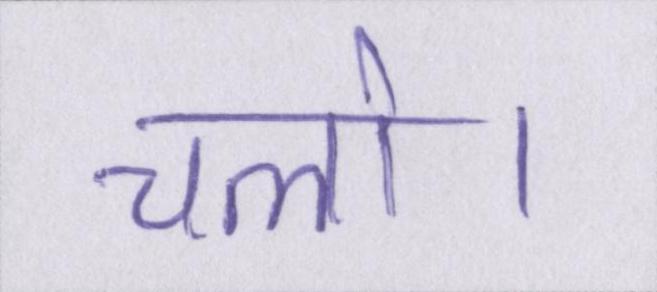
चलो।